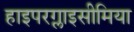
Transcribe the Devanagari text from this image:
हाइपरग्लाइसीमिया